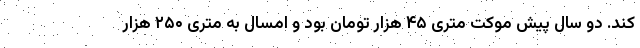
کند. دو سال پیش موکت متری ۴۵ هزار تومان بود و امسال به متری ۲۵۰ هزار